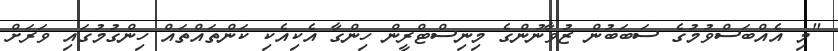
"މި އެއްބަސްވުމުގެ ސަބަބުން ޒުވާނުންގެ މިނިސްޓްރީން ހިންގާ އެކިއެކި ކަންތައްތައް ހިންގުމުގައި ވަރަށް